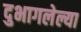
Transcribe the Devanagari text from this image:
दुभागलेल्या